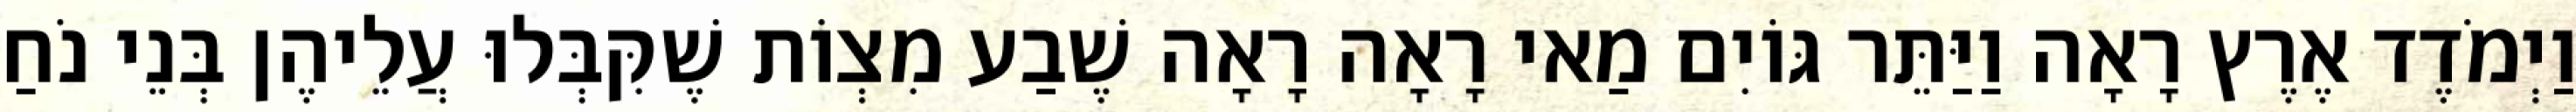
וַיְמֹדֶד אֶרֶץ רָאָה וַיַּתֵּר גּוֹיִם מַאי רָאָה רָאָה שֶׁבַע מִצְוֹת שֶׁקִּבְּלוּ עֲלֵיהֶן בְּנֵי נֹחַ